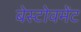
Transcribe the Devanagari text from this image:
बेस्टोवमेंट